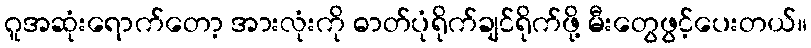
ဂူအဆုံးရောက်တော့ အားလုံးကို ဓာတ်ပုံရိုက်ချင်ရိုက်ဖို့ မီးတွေဖွင့်ပေးတယ်။